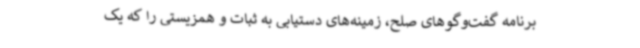
برنامه گفت‌وگوهای صلح، زمینه‌های دستیابی به ثبات و همزیستی را که یک